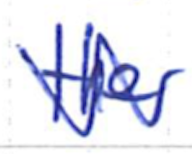
Text: the
Cross-out: zig-zag
Writing tool: ballpoint